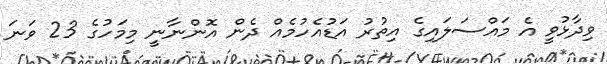
ވިދާޅުވީ އެ މައްސަލައިގެ އިތުރު އަޑުއެހުމެއް ދެން އޮންނާނީ މިމަހުގެ 23 ވަނަ